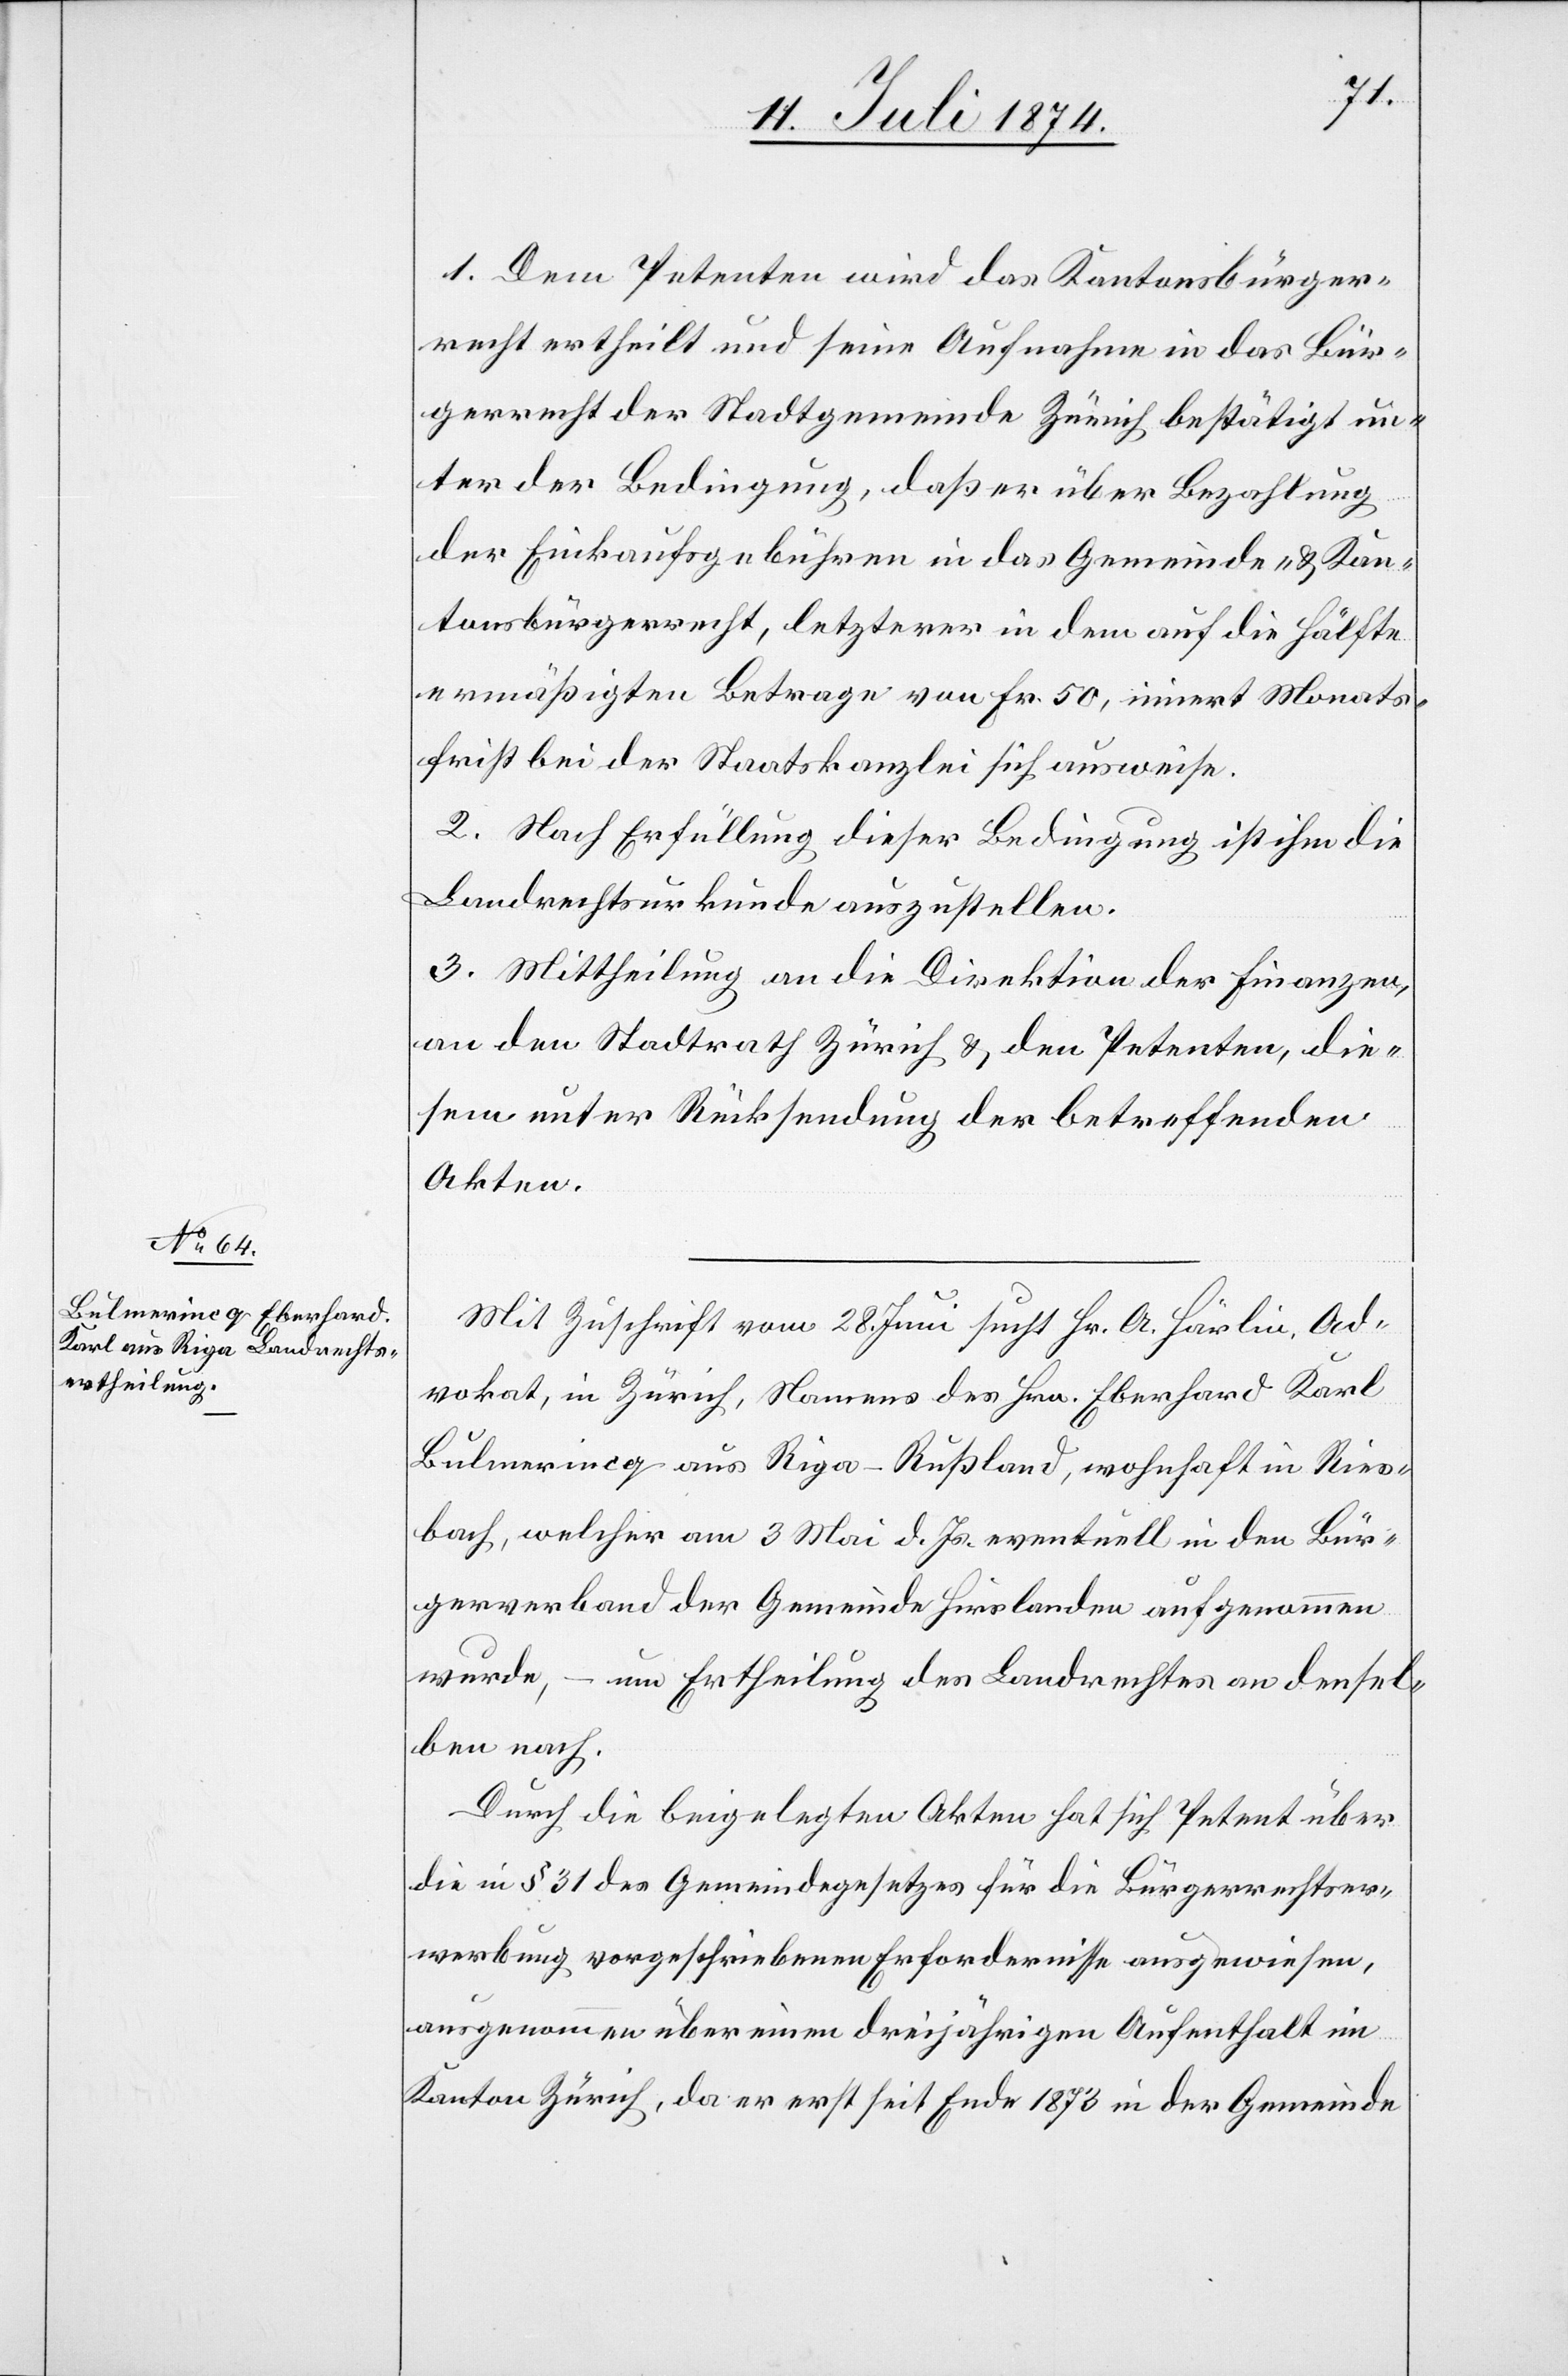
1. Dem Petenten wird das Kantonsbürger¬
recht ertheilt und seine Aufnahme in das Bür¬
gerrecht der Stadtgemeinde Zürich bestätigt un¬
ter der Bedingung, daß er über Bezahlung
der Einkaufsgebühren in das Gemeinde- u. Kan¬
tonsbürgerrecht, letzterer in dem auf die Hälfte
ermäßigten Betrage von Fr. 50, innert Monats¬
frist bei der Staatskanzlei sich ausweise.
2. Nach Erfüllung dieser Bedingung ist ihm die
Landrechtsurkunde auszustellen.
3. Mittheilung an die Direktion der Finanzen,
an den Stadtrath Zürich u. den Petenten, die¬
sem unter Rücksendung der betreffenden
Akten.
Mit Zuschrift vom 28. Juni sucht Hr. A. Härlin, Ad¬
vokat, in Zürich, Namens des Hrn. Eberhard Karl
Bulmerincq aus Riga-Rußland, wohnhaft in Ries¬
bach, welcher am 3. Mai d. Js. eventuell in den Bür¬
gerverband der Gemeinde Hirslanden aufgenommen
wurde, – um Ertheilung des Landrechts an densel¬
ben nach.
Durch die beigelegten Akten hat sich Petent über
die in § 31 des Gemeindegesetzes für die Bürgerrechtser¬
werbung vorgeschriebenen Erfordernisse ausgewiesen,
ausgenommen über einen dreijährigen Aufenthalt im
Kanton Zürich, da er erst seit Ende 1873 in der Gemeinde